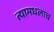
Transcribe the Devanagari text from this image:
त्यामधलाच